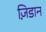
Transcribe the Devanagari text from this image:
ज़िडान